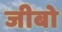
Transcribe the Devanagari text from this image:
जीबो